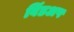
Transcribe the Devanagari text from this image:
विंडअप